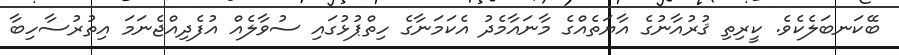
ބޭކަނބަލެކެވެ. ކީރިތި ޤުރުއާނުގެ އާޔަތެއްގެ މާނައާމެދު އެކަމަނާގެ ހިތްޕުޅުގައި ސުވާލެއް އުފެދިއްޖެނަމަ އިތުރުސާހިބާ